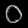
Digit: ၀